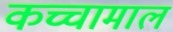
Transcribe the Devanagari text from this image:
कच्चामाल